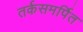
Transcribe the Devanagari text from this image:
तर्कसमर्पित